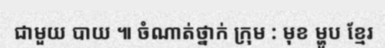
ជាមួយ បាយ ៕ ចំណាត់ថ្នាក់ ក្រុម : មុខ ម្ហូប ខ្មែរ